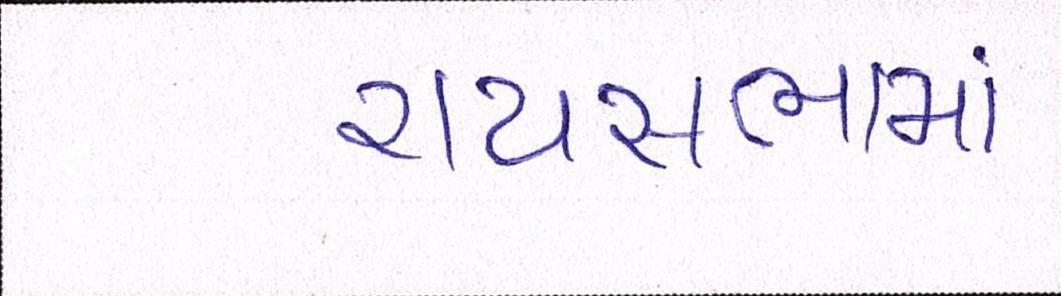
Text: રાયસભામાં